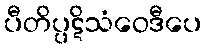
ပီတိပ္ပဋိသံဝေဒီပေ